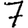
Digit: 7